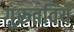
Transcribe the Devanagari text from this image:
गुरूतविय